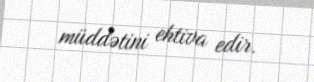
müddətini ehtiva edir.